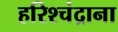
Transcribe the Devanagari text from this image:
हरिश्चंद्राना